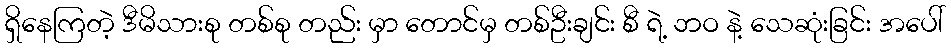
ရှိနေကြတဲ့ ဒီမိသားစု တစ်စု တည်း မှာ တောင်မှ တစ်ဦးချင်း စီ ရဲ့ ဘဝ နဲ့ သေဆုံးခြင်း အပေါ်